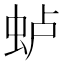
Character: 𫊮